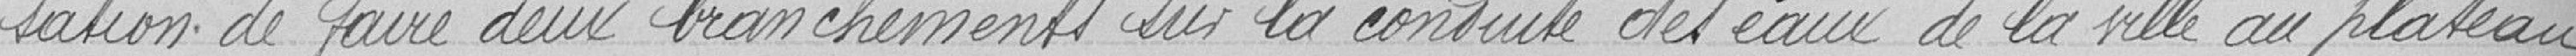
sation de faire deux branchements sur la conduite des eaux de la ville au plateau